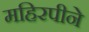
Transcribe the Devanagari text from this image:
महिरपीने